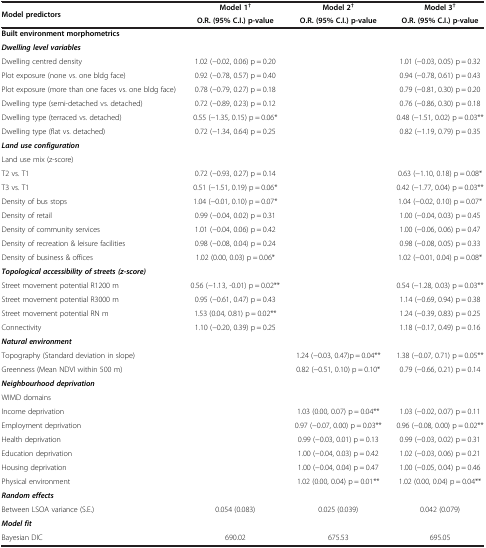
<table><thead><tr><td rowspan="2"><b>Model predictors</b></td><td><b>Model 1<sup>†</sup></b></td><td><b>Model 2<sup>†</sup></b></td><td><b>Model 3<sup>†</sup></b></td></tr><tr><td><b>O.R. (95% C.I.) p-value</b></td><td><b>O.R. (95% C.I.) p-value</b></td><td><b>O.R. (95% C.I.) p-value</b></td></tr></thead><tbody><tr><td><b>Built environment morphometrics</b></td><td> </td><td> </td><td> </td></tr><tr><td><b><i>Dwelling level variables</i></b></td><td> </td><td> </td><td> </td></tr><tr><td>Dwelling centred density</td><td>1.02 (−0.02, 0.06) p = 0.20</td><td> </td><td>1.01 (−0.03, 0.05) p = 0.32</td></tr><tr><td>Plot exposure (none vs. one bldg face)</td><td>0.92 (−0.78, 0.57) p = 0.40</td><td> </td><td>0.94 (−0.78, 0.61) p = 0.43</td></tr><tr><td>Plot exposure (more than one faces vs. one bldg face)</td><td>0.78 (−0.79, 0.27) p = 0.18</td><td> </td><td>0.79 (−0.81, 0.30) p = 0.20</td></tr><tr><td>Dwelling type (semi-detached vs. detached)</td><td>0.72 (−0.89, 0.23) p = 0.12</td><td> </td><td>0.76 (−0.86, 0.30) p = 0.18</td></tr><tr><td>Dwelling type (terraced vs. detached)</td><td>0.55 (−1.35, 0.15) p = 0.06*</td><td> </td><td>0.48 (−1.51, 0.02) p = 0.03**</td></tr><tr><td>Dwelling type (flat vs. detached)</td><td>0.72 (−1.34, 0.64) p = 0.25</td><td> </td><td>0.82 (−1.19, 0.79) p = 0.35</td></tr><tr><td><b><i>Land use configuration</i></b></td><td> </td><td> </td><td> </td></tr><tr><td>Land use mix (z-score)</td><td> </td><td> </td><td> </td></tr><tr><td>T2 vs. T1</td><td>0.72 (−0.93, 0.27) p = 0.14</td><td> </td><td>0.63 (−1.10, 0.18) p = 0.08*</td></tr><tr><td>T3 vs. T1</td><td>0.51 (−1.51, 0.19) p = 0.06*</td><td> </td><td>0.42 (−1.77, 0.04) p = 0.03**</td></tr><tr><td>Density of bus stops</td><td>1.04 (−0.01, 0.10) p = 0.07*</td><td> </td><td>1.04 (−0.02, 0.10) p = 0.07*</td></tr><tr><td>Density of retail</td><td>0.99 (−0.04, 0.02) p = 0.31</td><td> </td><td>1.00 (−0.04, 0.03) p = 0.45</td></tr><tr><td>Density of community services</td><td>1.01 (−0.04, 0.06) p = 0.42</td><td> </td><td>1.00 (−0.06, 0.06) p = 0.47</td></tr><tr><td>Density of recreation &amp; leisure facilities</td><td>0.98 (−0.08, 0.04) p = 0.24</td><td> </td><td>0.98 (−0.08, 0.05) p = 0.33</td></tr><tr><td>Density of business &amp; offices</td><td>1.02 (0.00, 0.03) p = 0.06*</td><td> </td><td>1.02 (−0.01, 0.04) p = 0.08*</td></tr><tr><td><b><i>Topological accessibility of streets (z-score)</i></b></td><td> </td><td> </td><td> </td></tr><tr><td>Street movement potential R1200 m</td><td>0.56 (−1.13, -0.01) p = 0.02**</td><td> </td><td>0.54 (−1.28, 0.03) p = 0.03**</td></tr><tr><td>Street movement potential R3000 m</td><td>0.95 (−0.61, 0.47) p = 0.43</td><td> </td><td>1.14 (−0.69, 0.94) p = 0.38</td></tr><tr><td>Street movement potential RN m</td><td>1.53 (0.04, 0.81) p = 0.02**</td><td> </td><td>1.24 (−0.39, 0.83) p = 0.25</td></tr><tr><td>Connectivity</td><td>1.10 (−0.20, 0.39) p = 0.25</td><td> </td><td>1.18 (−0.17, 0.49) p = 0.16</td></tr><tr><td><b><i>Natural environment</i></b></td><td> </td><td> </td><td> </td></tr><tr><td>Topography (Standard deviation in slope)</td><td> </td><td>1.24 (−0.03, 0.47)p = 0.04**</td><td>1.38 (−0.07, 0.71) p = 0.05**</td></tr><tr><td>Greenness (Mean NDVI within 500 m)</td><td> </td><td>0.82 (−0.51, 0.10) p = 0.10*</td><td>0.79 (−0.66, 0.21) p = 0.14</td></tr><tr><td><b><i>Neighbourhood deprivation</i></b></td><td> </td><td> </td><td> </td></tr><tr><td>WIMD domains</td><td> </td><td> </td><td> </td></tr><tr><td>Income deprivation</td><td> </td><td>1.03 (0.00, 0.07) p = 0.04**</td><td>1.03 (−0.02, 0.07) p = 0.11</td></tr><tr><td>Employment deprivation</td><td> </td><td>0.97 (−0.07, 0.00) p = 0.03**</td><td>0.96 (−0.08, 0.00) p = 0.02**</td></tr><tr><td>Health deprivation</td><td> </td><td>0.99 (−0.03, 0.01) p = 0.13</td><td>0.99 (−0.03, 0.02) p = 0.31</td></tr><tr><td>Education deprivation</td><td> </td><td>1.00 (−0.04, 0.03) p = 0.42</td><td>1.02 (−0.03, 0.06) p = 0.21</td></tr><tr><td>Housing deprivation</td><td> </td><td>1.00 (−0.04, 0.04) p = 0.47</td><td>1.00 (−0.05, 0.04) p = 0.46</td></tr><tr><td>Physical environment</td><td> </td><td>1.02 (0.00, 0.04) p = 0.01**</td><td>1.02 (0.00, 0.04) p = 0.04**</td></tr><tr><td><b><i>Random effects</i></b></td><td> </td><td> </td><td> </td></tr><tr><td>Between LSOA variance (S.E.)</td><td>0.054 (0.083)</td><td>0.025 (0.039)</td><td>0.042 (0.079)</td></tr><tr><td><b><i>Model fit</i></b></td><td> </td><td> </td><td> </td></tr><tr><td>Bayesian DIC</td><td>690.02</td><td>675.53</td><td>695.05</td></tr></tbody></table>